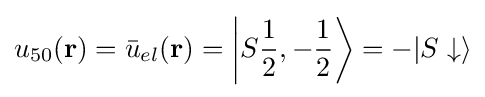
u_{50}(\mathbf {r} )={\bar {u}}_{el}(\mathbf {r} )=\left|S{\frac {1}{2}},-{\frac {1}{2}}\right\rangle =-|S\downarrow \rangle